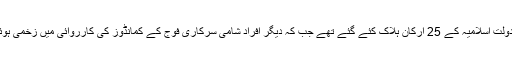
کل دولت اسلامیہ کے 25 ارکان ہلاک کئے گئے تھے جب کہ دیگر افراد شامی سرکاری فوج کے کمانڈوز کی کارروائی میں زخمی ہوئے ۔